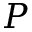
P